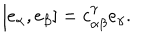
LaTeX: [ e _ { \alpha } , e _ { \beta } ] = c _ { \alpha \beta } ^ { \gamma } e _ { \gamma } .